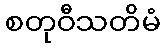
စတုဝီသတိမံ